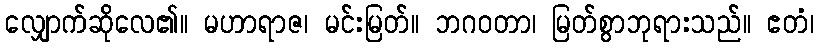
လျှောက်ဆိုလေ၏။ မဟာရာဇ၊ မင်းမြတ်။ ဘဂဝတာ၊ မြတ်စွာဘုရားသည်။ ဧတံ၊